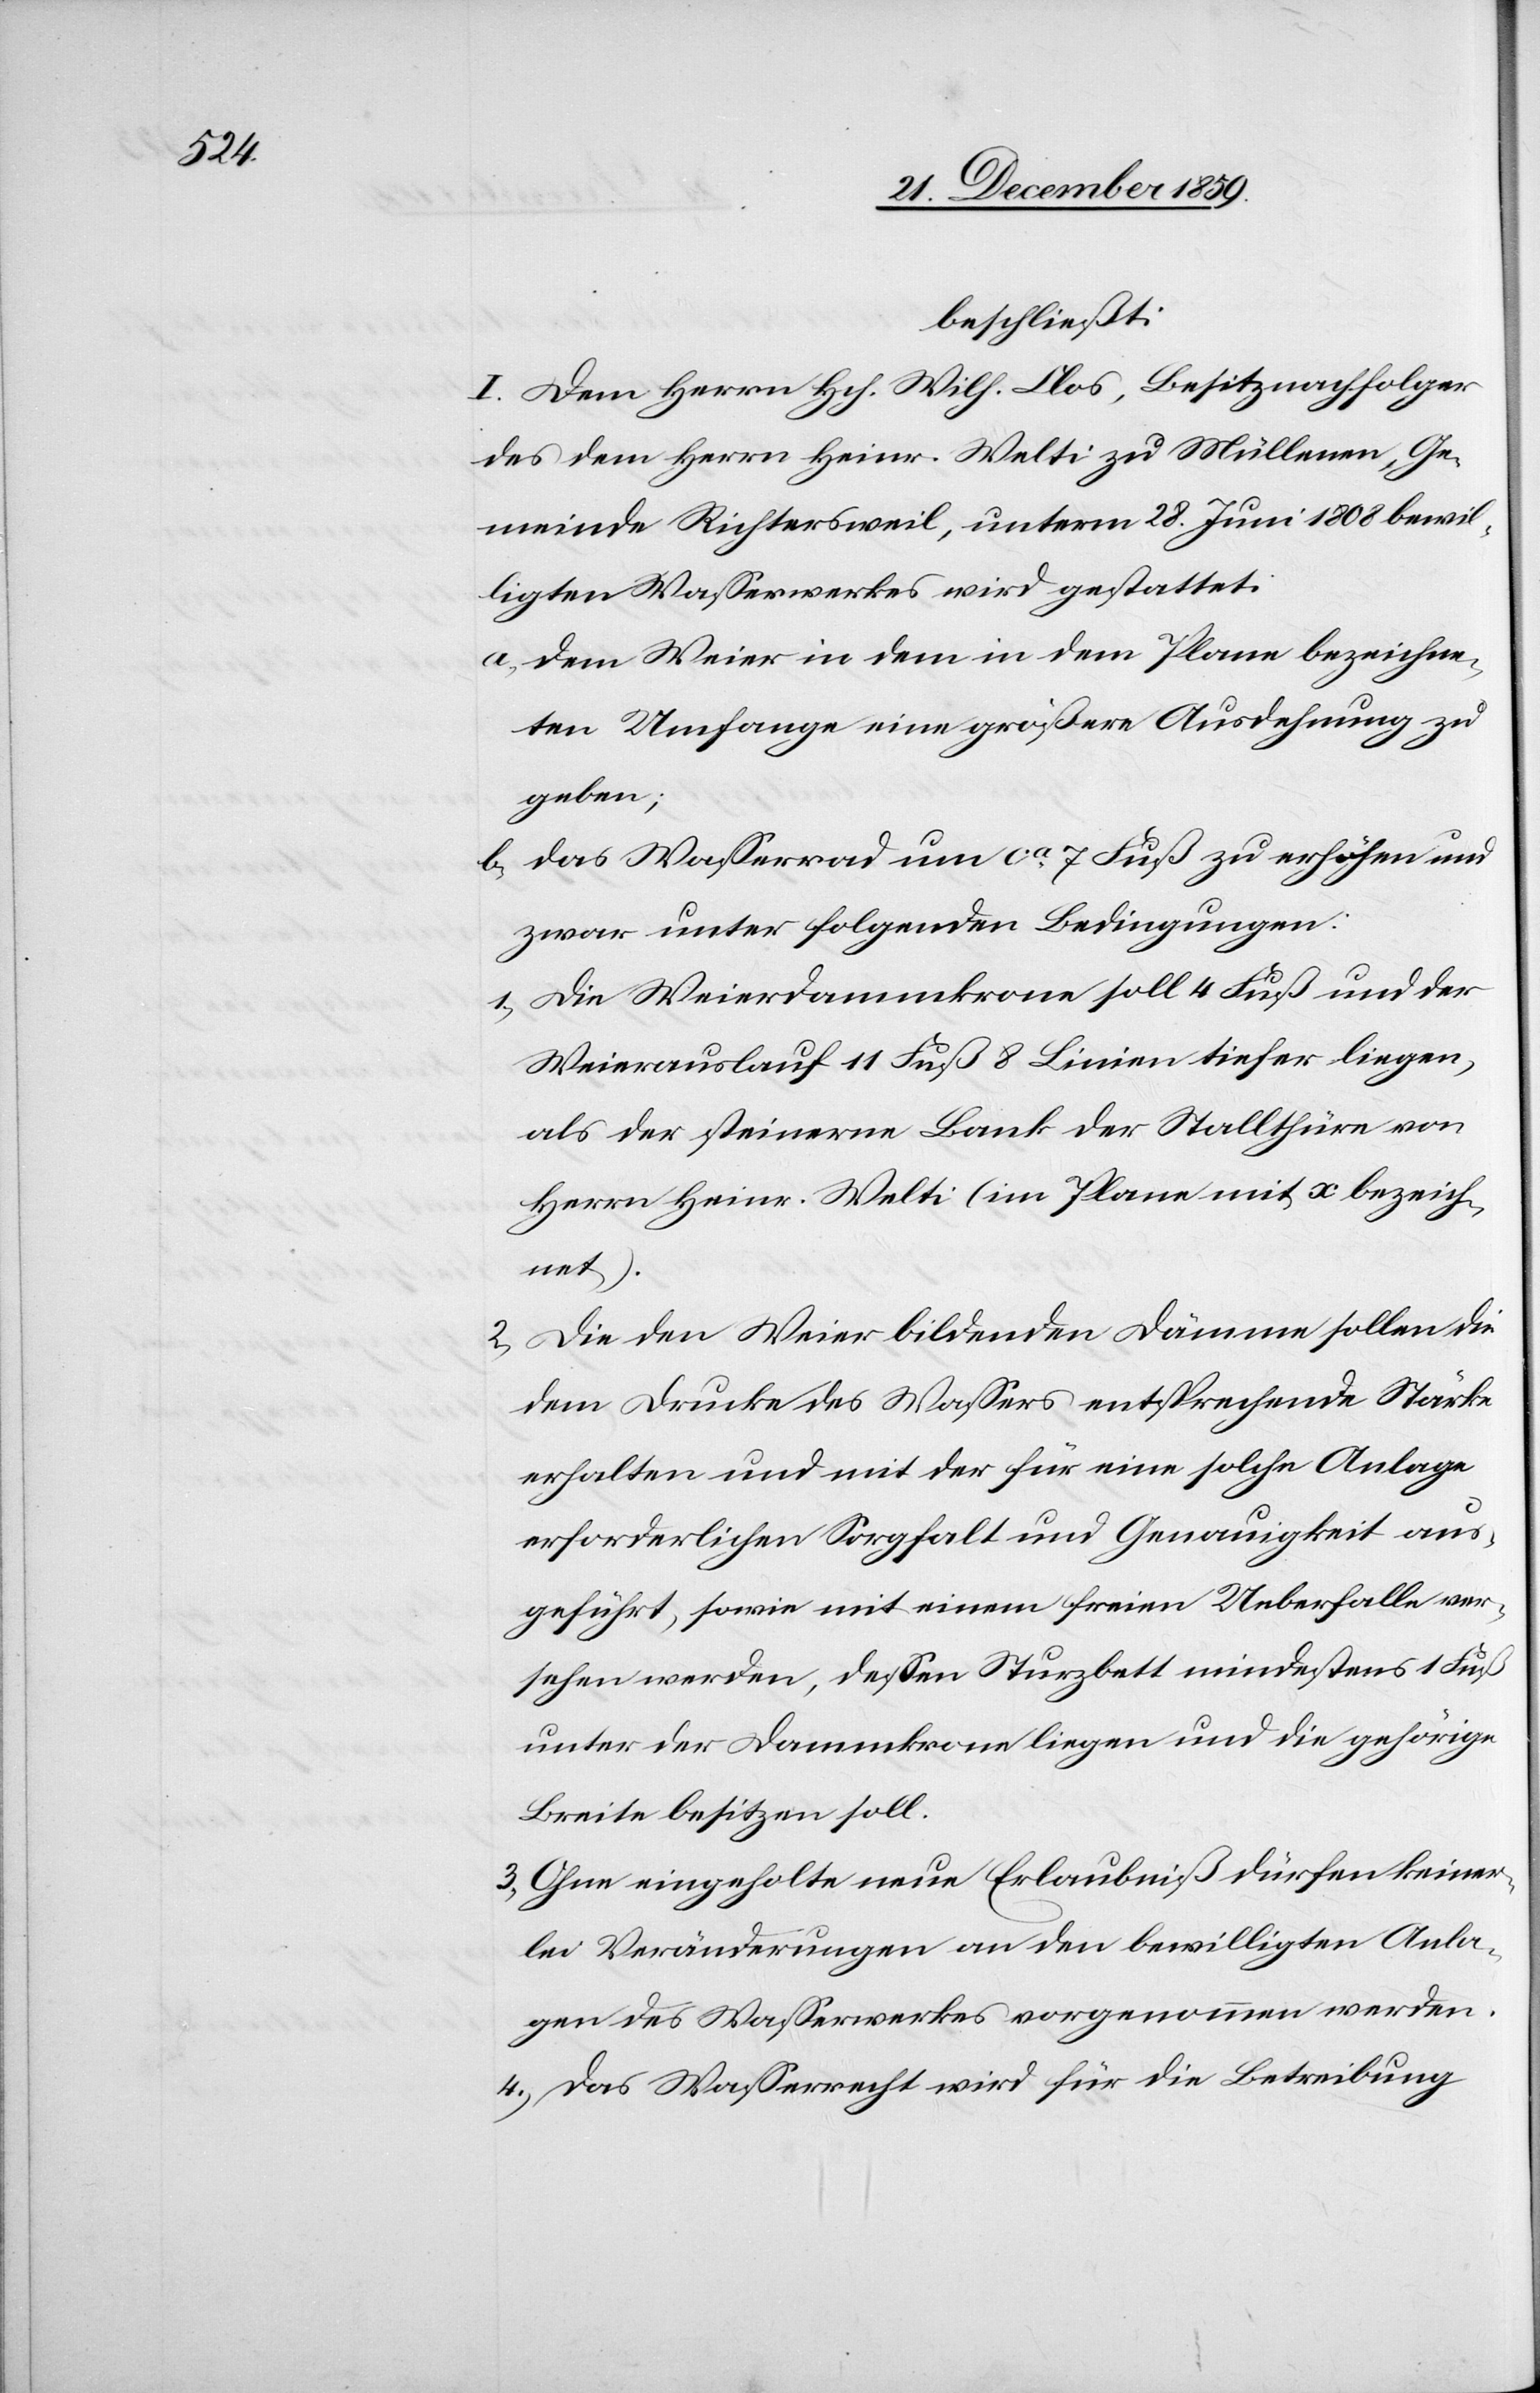
beschließt:
I. Dem Herrn Hch. Wilh. Clos, Besitznachfolger
des dem Herrn Heinr. Welti zu Müllenen, Ge¬
meinde Richtersweil, unterm 28. Juni 1808 bewil¬
ligten Wasserwerkes wird gestattet:
a) dem Weier in dem in dem Plane bezeichne¬
ten Umfange eine größere Ausdehnung zu
geben;
b) das Wasserrad um ca. 7 Fuß zu erhöhen und
zwar unter folgenden Bedingungen:
1) Die Weierdammkrone soll 4 Fuß und der
Weierauslauf 11 Fuß 8 Linien tiefer liegen,
als der steinerne Bank der Stallthüre von
Herrn Heinr. Welti (im Plan mit x bezeich¬
net).
2) Die den Weier bildenden Dämme sollen die
dem Drucke des Wassers entsprechende Stärke
erhalten und mit der für eine solche Anlage
erforderlichen Sorgfalt und Genauigkeit aus¬
geführt, sowie mit einem freien Ueberfalle ver¬
sehen werden, dessen Sturzbett mindestens 1 Fuß
unter der Dammkrone liege und die gehörige
Breite besitzen soll.
3) Ohne eingeholte neue Erlaubniß dürfen kein¬
e Veränderungen an den bewilligten Anla¬
gen des Wasserwerkes vorgenommen werden.
4) Das Wasserrecht wird für die Betreibung